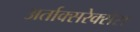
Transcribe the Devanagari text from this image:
अर्ताक्सरेक्सेस